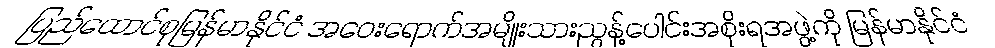
ပြည်ထောင်စုမြန်မာနိုင်ငံ အဝေးရောက်အမျိုးသားညွန့်ပေါင်းအစိုးရအဖွဲ့ကို မြန်မာနိုင်ငံ